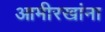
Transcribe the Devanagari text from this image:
आमीरखांना